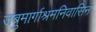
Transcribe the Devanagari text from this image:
जंबुमार्गाश्रमनिवासिन